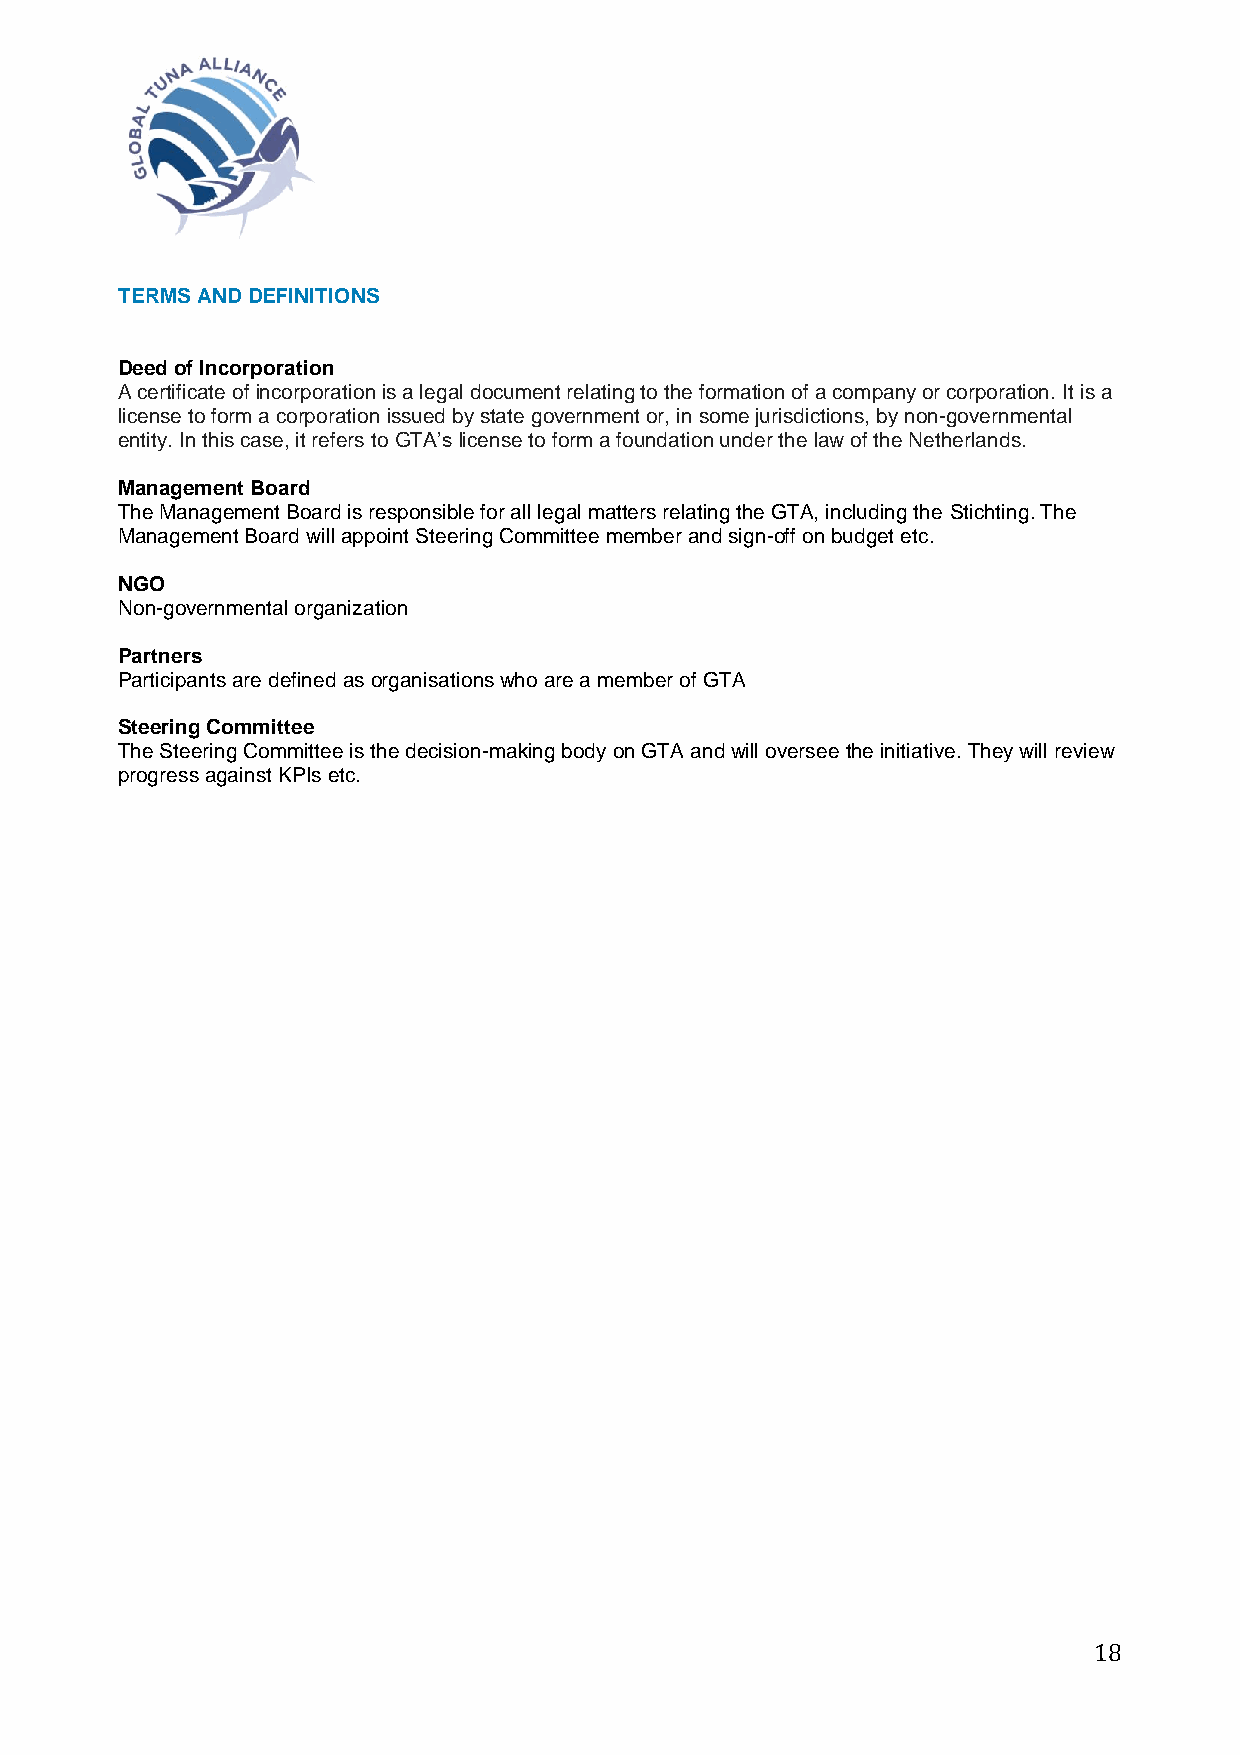
TERMS AND DEFINITIONS
 Deed of Incorporation
 A certificate of incorporation is a legal document relating to the formation of a company or corporation. It is a
 license to form a corporation issued by state government or, in some jurisdictions, by non-governmental
 entity. In this case, it refers to GTA’s license to form a foundation under the law of the Netherlands.
 Management Board
 The Management Board is responsible for all legal matters relating the GTA, including the Stichting. The
 Management Board will appoint Steering Committee member and sign-off on budget etc.
 NGO
 Non-governmental organization
 Partners
 Participants are defined as organisations who are a member of GTA
 Steering Committee
 The Steering Committee is the decision-making body on GTA and will oversee the initiative. They will review
 progress against KPIs etc.
 18